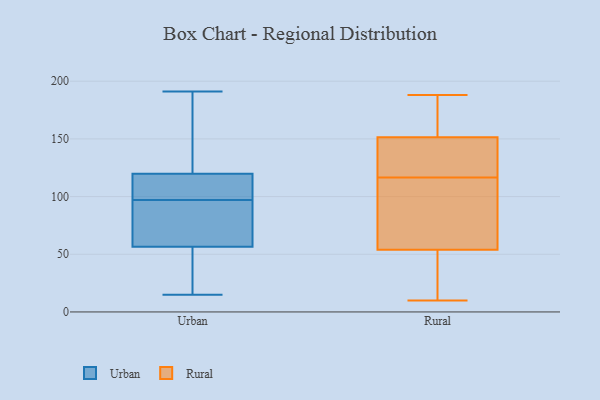
{"axis": {"x": "Revenue (USD Million)", "y": "Value"}, "legend": ["Rural", "Urban"], "data": [{"x": "", "y": 49, "type": "Urban"}, {"x": "", "y": 19, "type": "Urban"}, {"x": "", "y": 124, "type": "Urban"}, {"x": "", "y": 114, "type": "Urban"}, {"x": "", "y": 99, "type": "Urban"}, {"x": "", "y": 15, "type": "Urban"}, {"x": "", "y": 175, "type": "Urban"}, {"x": "", "y": 74, "type": "Urban"}, {"x": "", "y": 97, "type": "Urban"}, {"x": "", "y": 119, "type": "Urban"}, {"x": "", "y": 122, "type": "Urban"}, {"x": "", "y": 191, "type": "Urban"}, {"x": "", "y": 112, "type": "Urban"}, {"x": "", "y": 96, "type": "Urban"}, {"x": "", "y": 59, "type": "Urban"}, {"x": "", "y": 45, "type": "Urban"}, {"x": "", "y": 61, "type": "Urban"}, {"x": "", "y": 135, "type": "Rural"}, {"x": "", "y": 120, "type": "Rural"}, {"x": "", "y": 70, "type": "Rural"}, {"x": "", "y": 11, "type": "Rural"}, {"x": "", "y": 168, "type": "Rural"}, {"x": "", "y": 10, "type": "Rural"}, {"x": "", "y": 30, "type": "Rural"}, {"x": "", "y": 118, "type": "Rural"}, {"x": "", "y": 115, "type": "Rural"}, {"x": "", "y": 129, "type": "Rural"}, {"x": "", "y": 74, "type": "Rural"}, {"x": "", "y": 99, "type": "Rural"}, {"x": "", "y": 38, "type": "Rural"}, {"x": "", "y": 129, "type": "Rural"}, {"x": "", "y": 168, "type": "Rural"}, {"x": "", "y": 31, "type": "Rural"}, {"x": "", "y": 183, "type": "Rural"}, {"x": "", "y": 188, "type": "Rural"}, {"x": "", "y": 173, "type": "Rural"}, {"x": "", "y": 83, "type": "Rural"}]}